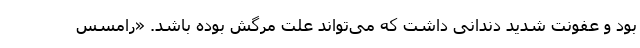
بود و عفونت شدید دندانی داشت که می‌تواند علت مرگش بوده باشد. «رامسس